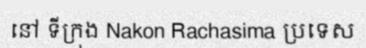
នៅ ទីក្រុង Nakon Rachasima ប្រទេស